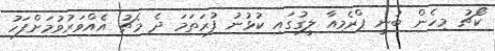
ކޯޗު މިހެން ބުނީ ޕްރެމިއާ ލީގުގައި ކުޅުނު ފުރަތަމަ ދެ މެޗު އެއްވަރުވުމަށްފަހު